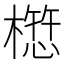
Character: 𭬁